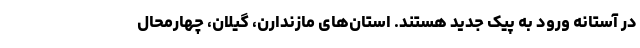
در آستانه ورود به پیک جدید هستند. استان‌های مازندارن، گیلان، چهارمحال